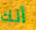
أنك